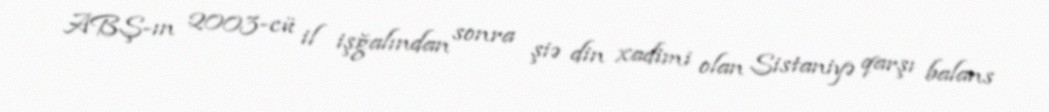
ABŞ-ın 2003-cü il işğalından sonra şiə din xadimi olan Sistaniyə qarşı balans